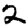
Digit: 2